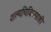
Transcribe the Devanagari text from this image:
शल्यचिकित्साही